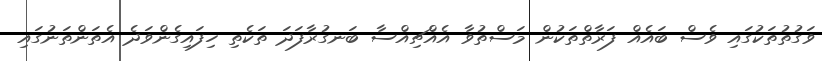
ވަގުތުތަކުގައި ވެސް ބައެއް ފަރާތްތަކުން މަސްތުވާ އެއްޗިއްސާ ބަނގުރާފަދަ ތަކެތި ހިފައިގެންވަދެ އެތަންތަނުގައި